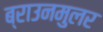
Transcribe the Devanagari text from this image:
ब्राउनमुलर